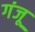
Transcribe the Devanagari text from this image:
गंजू